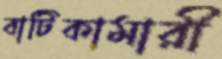
বাটিকামারী